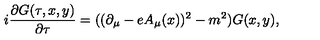
i \frac { \partial G ( \tau , x , y ) } { \partial \tau } = ( ( \partial _ { \mu } - e A _ { \mu } ( x ) ) ^ { 2 } - m ^ { 2 } ) G ( x , y ) ,